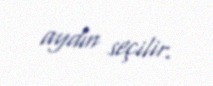
aydın seçilir.